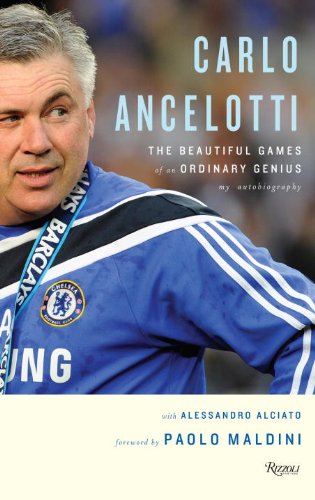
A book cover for Carlo Ancelotti: The Beautiful Games of an Ordinary Genius; Carlo Ancelotti; Biographies & Memoirs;